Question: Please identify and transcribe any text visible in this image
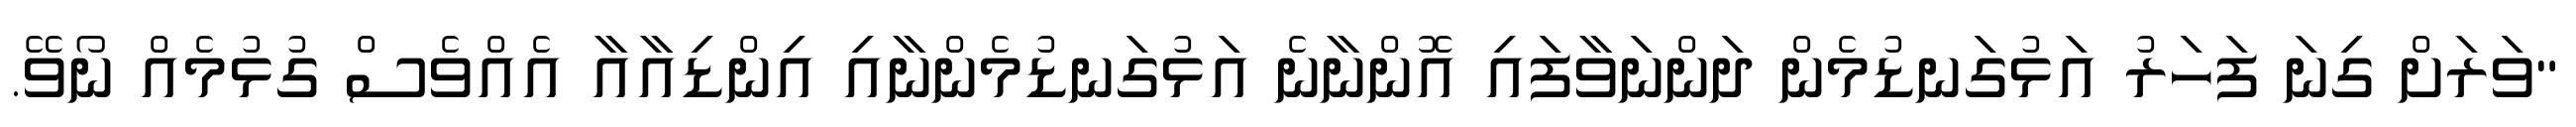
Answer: "ވަރަށް ގިނަ ފަހަރު އަޅުގަނޑުމެން ދަންނަވާފައި އޮންނާނެ އަޅުގަނޑުމެންނާއި އިންޑިއާއާ އެއްވެސް ގުޅުމެއް ނޯވޭ.